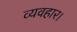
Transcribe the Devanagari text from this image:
व्‍यवहार।